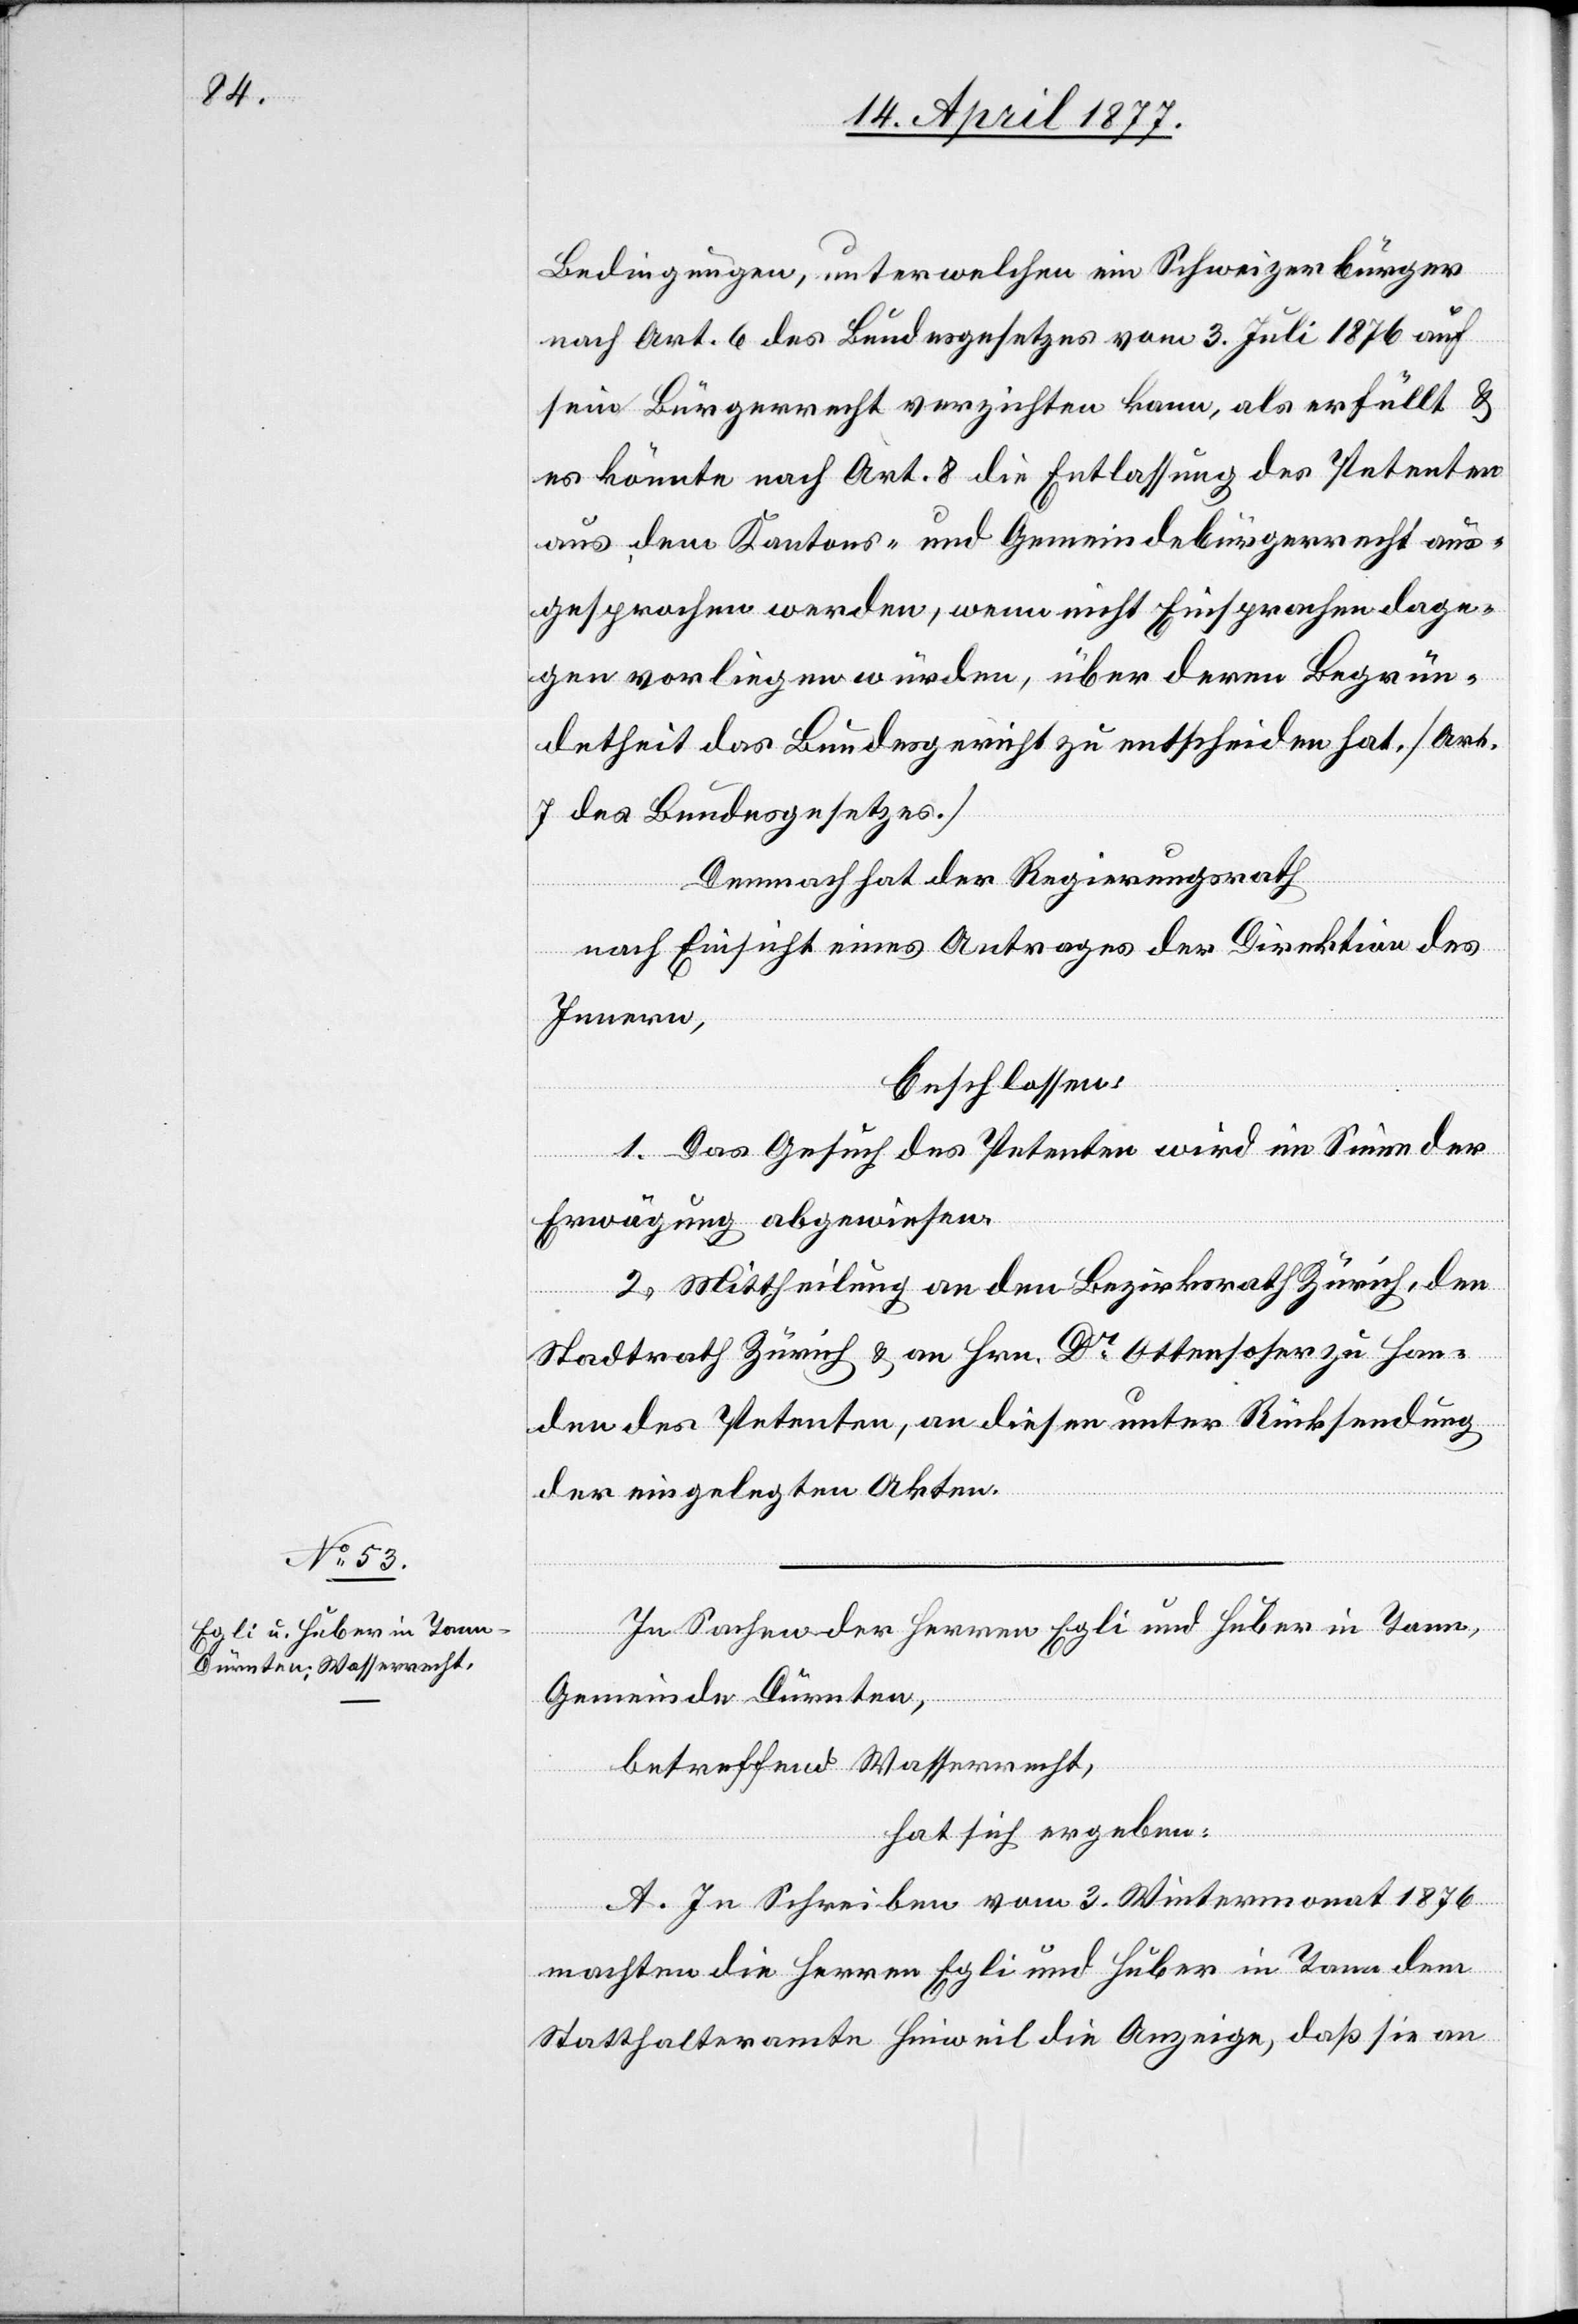
Bedingungen, unter welchen ein Schweizerbürger
nach Art. 6 des Bundesgesetzes vom 3. Juli 1876 auf
sein Bürgerrecht verzichten kann, als erfüllt &
es könnte nach Art. 8 die Entlassung des Petenten
aus dem Kantons- und Gemeindebürgerrecht aus¬
gesprochen werden, wenn nicht Einsprachen dage¬
gen vorliegen würden, über deren Begrün¬
detheit das Bundesgericht zu entscheiden hat. [Art.
7 des Bundesgesetzes.]
Demnach hat der Regierungsrath,
nach Einsicht eines Antrages der Direktion des
Innern,
beschlossen:
1. Das Gesuch des Petenten wird im Sinne der
Erwägung abgewiesen.
2. Mittheilung an den Bezirksrath Zürich, den
Stadtrath Zürich & an Hrn. Dr Ottensoser zu Han¬
den des Petenten, an diesen unter Rücksendung
der eingelegten Akten.
In Sachen der Herren Egli und Huber in Tann,
Gemeinde Dürnten,
betreffend Wasserrecht,
hat sich ergeben:
A. In Schreiben vom 3. Wintermonat 1876
machten die Herren Egli und Huber in Tann dem
Statthalteramte Hinweil die Anzeige, daß sie an